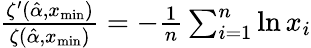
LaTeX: \begin{array}{r}{\frac{\zeta^{\prime}(\hat{\alpha},x_{\textrm{min}})}{\zeta(\hat{\alpha},x_{\textrm{min}})}=-\frac{1}{n}\sum_{i=1}^{n}\ln x_{i}}\end{array}